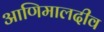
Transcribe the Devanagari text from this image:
आणिमालदीव